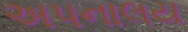
અપનાલય